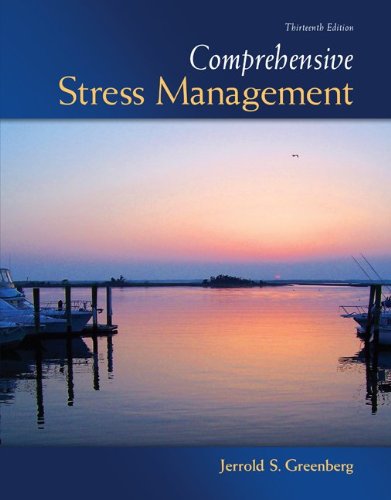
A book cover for Comprehensive Stress Management; Jerrold Greenberg; Self-Help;